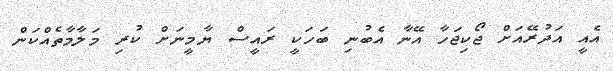
އެއީ އަދުރޭއަށް ޖޯކިޖަހާ އޭނާ އެބުނި ބަހަކީ ރައީސް ޔާމީނަށް ކުރި މަލާމާތެއްކަން